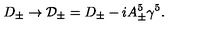
D _ { \pm } \rightarrow { \cal D } _ { \pm } = D _ { \pm } - i A _ { \pm } ^ { 5 } \gamma ^ { 5 } .